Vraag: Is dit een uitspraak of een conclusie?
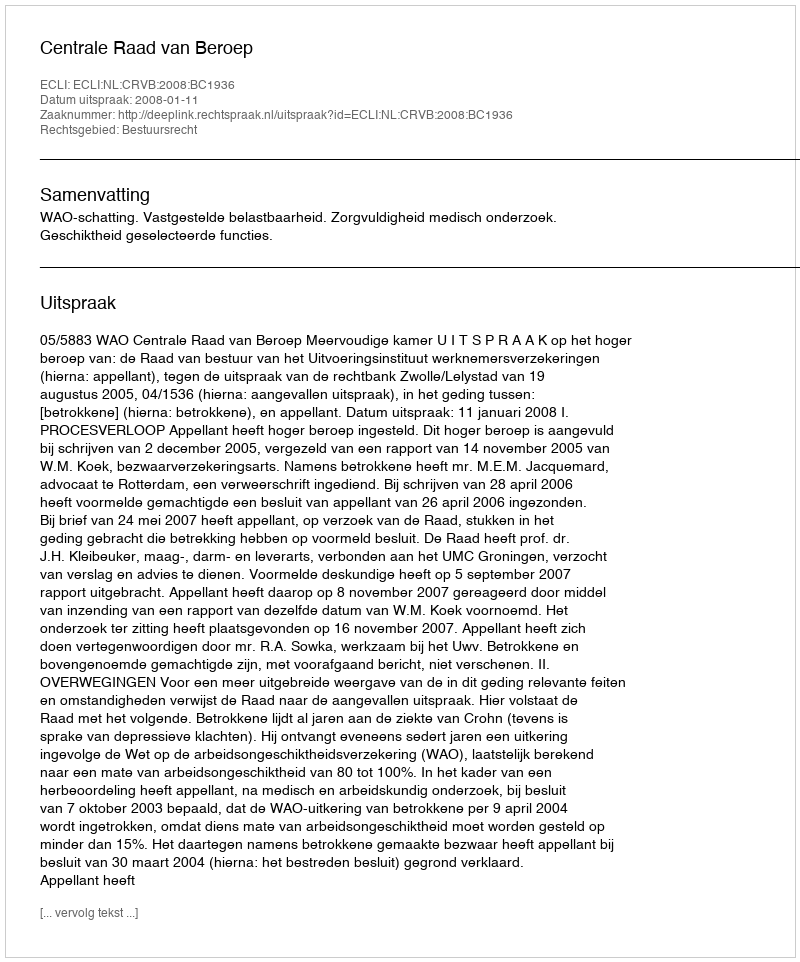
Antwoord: Uitspraak